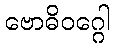
ဗောဓိဝဂ္ဂေါ